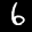
Label: 6